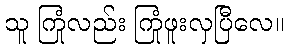
သူ ကြုံလည်း ကြုံဖူးလှပြီလေ။